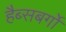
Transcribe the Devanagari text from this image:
हैब्सबर्गों